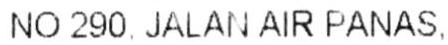
NO 290, JALAN AIR PANAS,